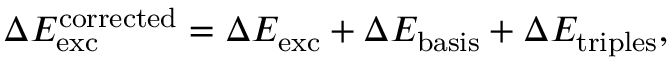
\Delta E _ { \mathrm { e x c } } ^ { \mathrm { c o r r e c t e d } } = \Delta E _ { \mathrm { e x c } } + \Delta E _ { \mathrm { b a s i s } } + \Delta E _ { \mathrm { t r i p l e s } } ,